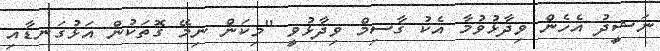
ނަޝީދު އެހެން ވިދާޅުވުމާ އެކު ގާސިމް ވިދާޅުވީ "މިކަން ނިމޭ ގޮތަކުން އަޅުގަނޑާއި